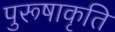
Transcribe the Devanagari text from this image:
पुरूषाकृति